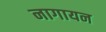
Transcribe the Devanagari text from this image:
नागायन